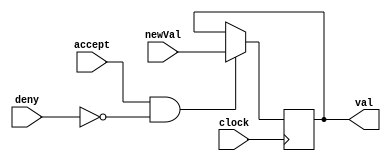
module zero ( //Zero reg output from the main ALU
    input newVal,
    input accept,
    input deny,
    output reg val,
    input clock
);

always @(negedge clock)
    begin
        if (accept == 1'b1 & deny == 1'b0)
            val <= newVal;
        else
            val <= val;
    end
endmodule